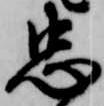
忠